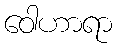
ဝေါဟာရာ